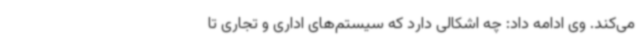
می‌کند. وی ادامه داد: چه اشکالی دارد که سیستم‌های اداری و تجاری تا